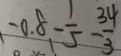
- 0 . 8 - \frac { 1 } { 5 } - \frac { 3 4 } { 3 }